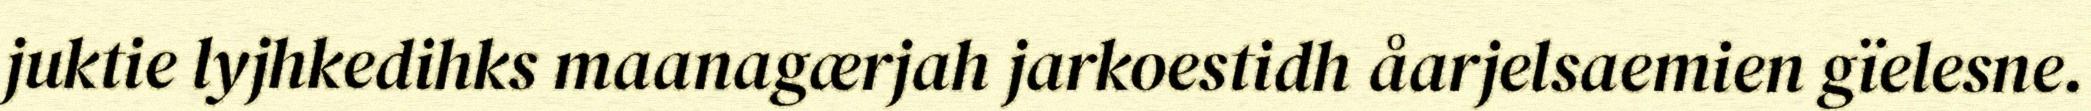
juktie lyjhkedihks maanagærjah jarkoestidh åarjelsaemien gïelesne.